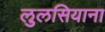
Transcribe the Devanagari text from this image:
लुलसियाना